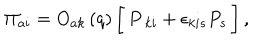
LaTeX: \Pi _ { a i } = O _ { a k } \left( q \right) \biggl [ \, P _ { \ k i } + \epsilon _ { k i s } P _ { s } \, \biggr ] \, ,